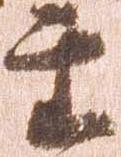
主